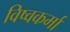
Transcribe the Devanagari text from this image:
विष्वकर्मा